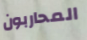
المحاربون